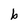
Character: b